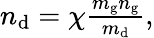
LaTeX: \begin{array}{r}{n_{\mathrm{d}}=\chi\frac{m_{\mathrm{g}}n_{\mathrm{g}}}{m_{\mathrm{d}}},}\end{array}